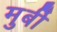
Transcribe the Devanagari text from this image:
मुर्बी